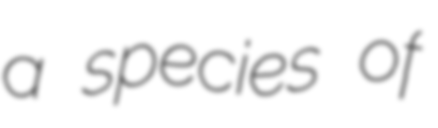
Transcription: a species of